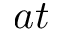
a t